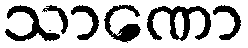
သာဏော